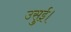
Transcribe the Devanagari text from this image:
उसुई।